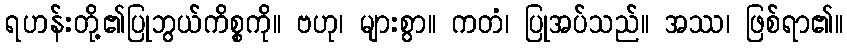
ရဟန်းတို့၏ပြုဘွယ်ကိစ္စကို။ ဗဟု၊ များစွာ။ ကတံ၊ ပြုအပ်သည်။ အဿ၊ ဖြစ်ရာ၏။